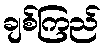
ချစ်ကြည်